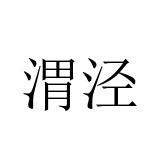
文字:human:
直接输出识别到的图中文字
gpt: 渭泾